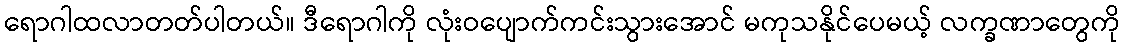
ရောဂါထလာတတ်ပါတယ်။ ဒီရောဂါကို လုံးဝပျောက်ကင်းသွားအောင် မကုသနိုင်ပေမယ့် လက္ခဏာတွေကို